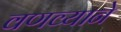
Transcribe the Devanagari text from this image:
वणव्याने